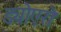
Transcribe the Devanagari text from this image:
ड्योएरो